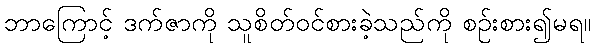
ဘာကြောင့် ဒက်ဇာကို သူစိတ်ဝင်စားခဲ့သည်ကို စဉ်းစား၍မရ။